Lunatic asylums Madras 1877-1891 - 1877-1891
Year: 1877
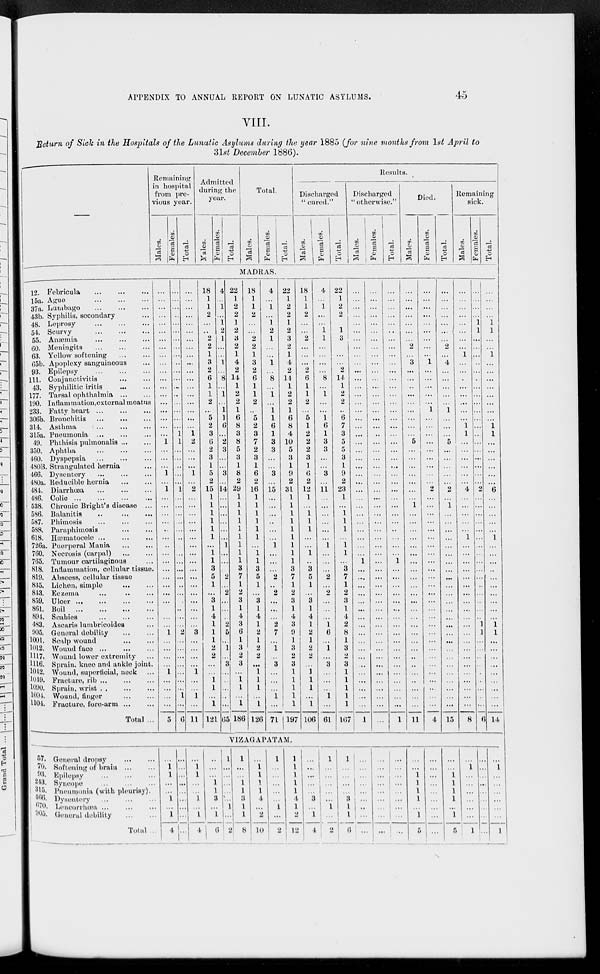
APPENDIX TO ANNUAL REPORT ON LUNATIC ASYLUMS.
45
VIII.
Return of Sick in the Hospitals of the Lunatic Asylums during the year 1885 (for nine months from 1st April to
31st December 1886).
–––
Remaining
in hospital
from pre-
vious year.
Males.
Females.
Total.
Admitted
during the
year.
Males.
Females.
Total.
Total.
Males.
Females.
Total.
Results.
Discharged
" cured."
Males.
Females.
Total.
Discharged
" otherwise."
Males.
Females.
Total.
Died.
Males.
Females.
Total.
Remaining
sick.
Males.
Females.
Total.
MADRAS.
12. Febricula
...
...
...
15a. Ague
...
...
...
37a. Lumbago
...
...
...
43b. Syphilis, secondary ...
48. Leprosy
...
...
...
54. Scurvy
...
...
...
55. Anæmia
...
...
...
60. Meningits ... ... ...
63. Yellow softening
...
...
65b. Apoplexy sanguineous ...
93. Epilepsy
...
...
...
111. Conjunctivitis
...
...
43. Syphilitic iritis
...
...
177. Tarsal ophthalmia
...
...
190. Inflammation, external meatus
233. Fatty heart
...
...
...
306b. Bronchitis
...
...
...
314. Asthma ... ... ...
315a. Pneumonia ... ... ...
49. Phthisis pulmonalis ... ...
350. Aphtha ... ... ...
460. Dyspepsia ... ... ...
480B. Strangulated hernia ...
466. Dysentery
...
...
...
480a. Reducible hernia ... ...
484. Diarrhœa
...
...
...
486. Colic
...
...
...
538. Chronic Bright's disease ...
586. Balanitis
...
...
...
587. Phimosis
...
...
...
588. Paraphimosis
...
...
618. Hæmatocele
...
...
...
726a. Puerperal Mania
...
...
760. Necrosis (carpal)
...
...
765. Tumour cartilaginous ...
818. Inflammation, cellular tissue.
819. Abscess, cellular tissue
835. Lichen, simple ... ...
843. Eczema
... ... ...
859. Ulcer
...
...
...
...
861. Boil
...
...
...
...
894. Scabies
...
...
...
483. Ascaris lumbricoides ...
905. General debility
...
...
1001. Scalp wound
...
...
1012. Wound face
...
...
...
1117. Wound lower extremity ...
1116. Sprain, knee and ankle joint.
1042. Wound, superficial, neck ...
1049. Fracture, rib ... ... ...
1090. Sprain, wrist
...
...
...
1094. Wound,
finger
...
...
1104. Fracture, fore-arm ... ...
Total ...
...
...
...
...
...
...
...
...
...
...
...
...
...
...
...
...
...
...
...
1
...
...
...
1
...
1
...
...
...
...
..
...
..
...
...
...
...
...
...
...
...
...
...
1
...
...
...
...
1
...
...
...
...
5
...
...
...
...
...
...
...
...
...
...
...
...
...
...
...
...
...
...
1
1
...
...
...
...
...
1
...
...
...
...
...
...
...
...
...
...
...
...
...
...
...
...
...
2
...
...
...
...
...
...
...
1
...
6
...
...
...
...
...
...
...
...
...
...
...
...
...
...
...
...
...
...
1
2
...
...
...
1
...
2
...
...
...
...
...
...
...
...
...
...
...
...
...
...
...
...
...
3
...
...
...
...
1
...
...
1
...
11
18
1
1
2
...
...
2
2
1
3
2
6
1
1
2
...
5
2
3
6
2
3
1
5
2
15
1
1
1
1
1
1
...
1
1
3
5
1
...
3
1
4
1
1
1
2
2
...
...
1
1
...
1
121
4
...
1
...
1
2
1
...
...
1
...
8
...
1
...
1
1
6
...
2
3
...
...
3
...
14
...
...
...
...
...
...
1
...
...
...
2
...
2
...
...
...
2
5
...
1
...
3
...
...
...
...
...
65
22
1
2
2
1
2
3
2
1
4
2
14
1
2
2
1
6
8
3
8
5
3
1
8
2
29
1
1
1
1
1
1
1
1
1
3
7
1
2
3
1
4
3
6
1
3
2
3
...
1
1
...
1
186
18
1
1
2
...
...
2
2
1
3
2
6
1
1
2
..
5
2
3
7
2
3
1
6
2
16
1
1
1
1
1
1
...
1
1
3
5
1
...
3
1
4
1
2
1
2
2
...
1
1
1
...
1
126
4
...
1
...
1
2
1
...
...
1
...
8
...
1
...
1
1
6
1
3
3
...
...
3
...
15
...
...
...
...
...
...
1
...
...
...
2
...
2
...
...
...
2
7
...
1
...
3
...
...
...
1
...
71
22
1
2
2
1
2
3
2
1
4
2
14
1
2
2
1
6
8
4
10
5
3
1
9
2
31
1
1
1
1
1
1
1
1
1
3
7
1
2
3
1
4
3
9
1
3
2
3
1
1
1
1
1
197
18
1
1
2
...
...
2
...
...
...
2
6
1
1
2
...
5
1
2
2
2
3
1
6
2
12
1
...
1
1
1
...
...
1
..
3
5
1
...
3
1
4
1
2
1
2
2
...
1
1
1
...
1
106
4
...
1
...
...
1
1
...
...
...
...
8
...
1
...
...
1
6
1
3
3
...
...
3
...
11
...
...
...
...
...
...
1
...
...
...
2
...
2
...
...
...
1
6
...
1
...
3
...
...
...
1
...
61
22
1
2
2
...
1
3
...
...
...
2
14
1
2
2
...
6
7
3
5
5
3
1
9
2
23
1
...
1
1
1
...
1
1
...
3
7
1
2
3
1
4
2
8
1
3
2
3
1
1
1
1
1
167
...
...
...
...
...
...
...
...
...
...
...
...
...
...
...
...
...
...
...
...
...
...
...
...
...
...
...
...
...
...
...
...
...
...
1
...
...
...
...
...
...
...
...
...
...
...
...
...
...
...
...
...
...
1
...
...
...
...
...
...
...
...
...
...
...
...
...
...
...
...
...
...
..
...
...
...
...
...
...
...
...
...
...
...
...
...
...
...
...
...
...
...
...
...
...
...
...
...
...
...
...
...
...
...
...
...
...
...
...
...
...
...
...
...
...
...
...
...
...
...
...
...
...
...
...
...
...
...
...
...
...
...
...
...
...
...
...
...
...
...
...
...
1
...
...
...
...
...
...
...
...
...
...
...
...
...
...
...
...
...
...
1
...
...
...
...
...
...
...
2
...
3
...
...
...
...
...
...
...
...
1
5
...
...
...
...
...
...
...
1
...
...
...
...
...
...
...
...
...
...
...
...
...
...
...
...
...
...
..
...
...
...
...
...
...
11
...
...
...
...
...
...
...
...
...
1
...
...
...
...
...
1
...
...
...
...
...
...
...
...
...
2
...
...
...
...
...
...
...
...
...
...
...
...
...
...
...
...
...
...
...
...
...
...
...
...
...
...
...
4
...
...
...
...
...
...
...
2
...
4
...
...
...
...
...
1
...
...
...
5
...
...
...
...
...
2
...
1
...
...
...
...
...
...
...
...
...
...
...
...
...
...
...
...
...
...
...
...
...
...
...
...
...
15
...
...
...
...
...
...
...
...
1
...
...
...
...
...
...
...
...
1
1
...
...
...
...
...
...
4
...
...
...
...
...
1
...
...
...
...
...
...
...
...
...
...
...
...
...
...
...
...
...
...
...
...
...
8
...
...
...
...
1
1
...
...
...
...
...
...
...
...
....
...
...
...
...
...
...
...
...
...
...
2
...
...
...
...
...
...
...
...
...
...
...
...
...
...
...
...
1
1
...
...
....
....
...
...
...
...
...
6
...
...
...
...
1
1
...
...
1
...
...
...
...
...
...
...
...
1
1
...
...
...
...
...
...
6
...
...
...
...
...
1
...
...
...
...
...
...
...
...
...
...
1
1
...
...
...
...
. ..
...
...
...
...
14
VIZAGAPATAM.
57. General dropsy
...
...
70. Softening of brain ... ...
93. Epilepsy
...
...
...
243. Syncope ... ... ...
315. Pneumonia (with pleurisy).
466. Dysentery
...
...
...
670. Lencorrhœa ...
...
...
905. General debility
...
...
Total ...
...
1 1
...
...
1
...
1
4
...
...
...
...
...
...
...
...
...
...
1 1
...
...
1
...
1
4
...
...
...
1
1
3
...
1
6
1
...
...
...
...
...
1
...
2
1
...
...
1
1
3
1
1
8
...
1
1
1
1
4
...
2
10
1
...
...
...
...
...
1
...
2
1
1
1
1
1
4
1
2
12
...
. ..
...
. . .
...
3
.. .
1
4
1
. ..
...
...
. ..
...
1
...
2
1
...
...
...
...
3
1
1
6
...
...
...
...
...
...
...
...
...
...
...
...
...
...
...
...
...
...
...
...
...
...
...
...
...
...
...
...
...
1
1
1
1
...
1
6
...
...
...
...
...
...
...
...
...
...
1
1
1
1
. ..
1
5
...
1
.. .
...
...
. . .
...
...
1
...
. . .
. . .
...
. . .
. . .
. . .
...
...
. . .
1
. . .
. . .
. . .
...
...
...
1